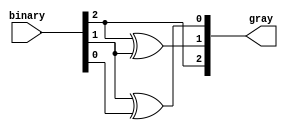
module gray_code_encoder (
    input  wire [2:0] binary,  // 3-bit binary input
    output wire [2:0] gray     // 3-bit Gray code output
);

// Gray code generation
assign gray[2] = binary[2];           // MSB remains the same
assign gray[1] = binary[2] ^ binary[1]; // gray[1] = binary[2] XOR binary[1]
assign gray[0] = binary[1] ^ binary[0]; // gray[0] = binary[1] XOR binary[0]

endmodule